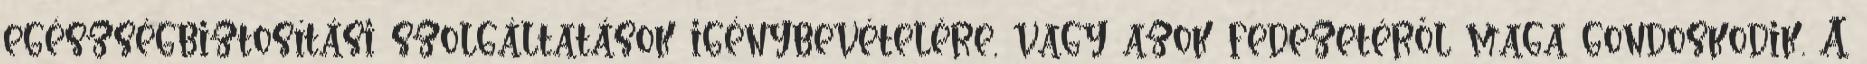
egészségbiztosítási szolgáltatások igénybevételére, vagy azok fedezetéről maga gondoskodik. A